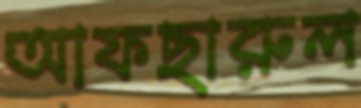
আফছারুল